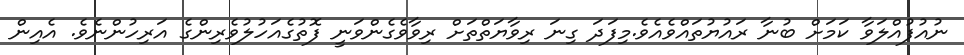
ނުއުފުއްލަވާ ކަމަށް ބުނާ ރައުޔުތައްވެއެވެ.މިފަދަ ގިނަ ރިވާޔަތްތަށް ރިވާވެގެންވަނީ ފޮތުގެއަހުލުވެރިންގެ އަރިހުންނެވެ. އެއިން